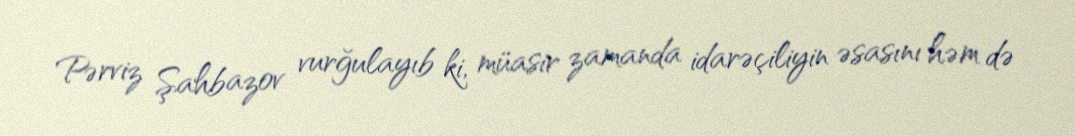
Pərviz Şahbazov vurğulayıb ki, müasir zamanda idarəçiliyin əsasını həm də